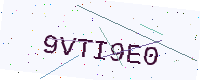
Text: 9VTI9E0